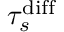
\tau _ { s } ^ { \mathrm { d i f f } }